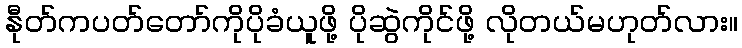
နီုတ်ကပတ်တော်ကိုပိုခံယူဖို့ ပိုဆွဲကိုင်ဖို့ လိုတယ်မဟုတ်လား။